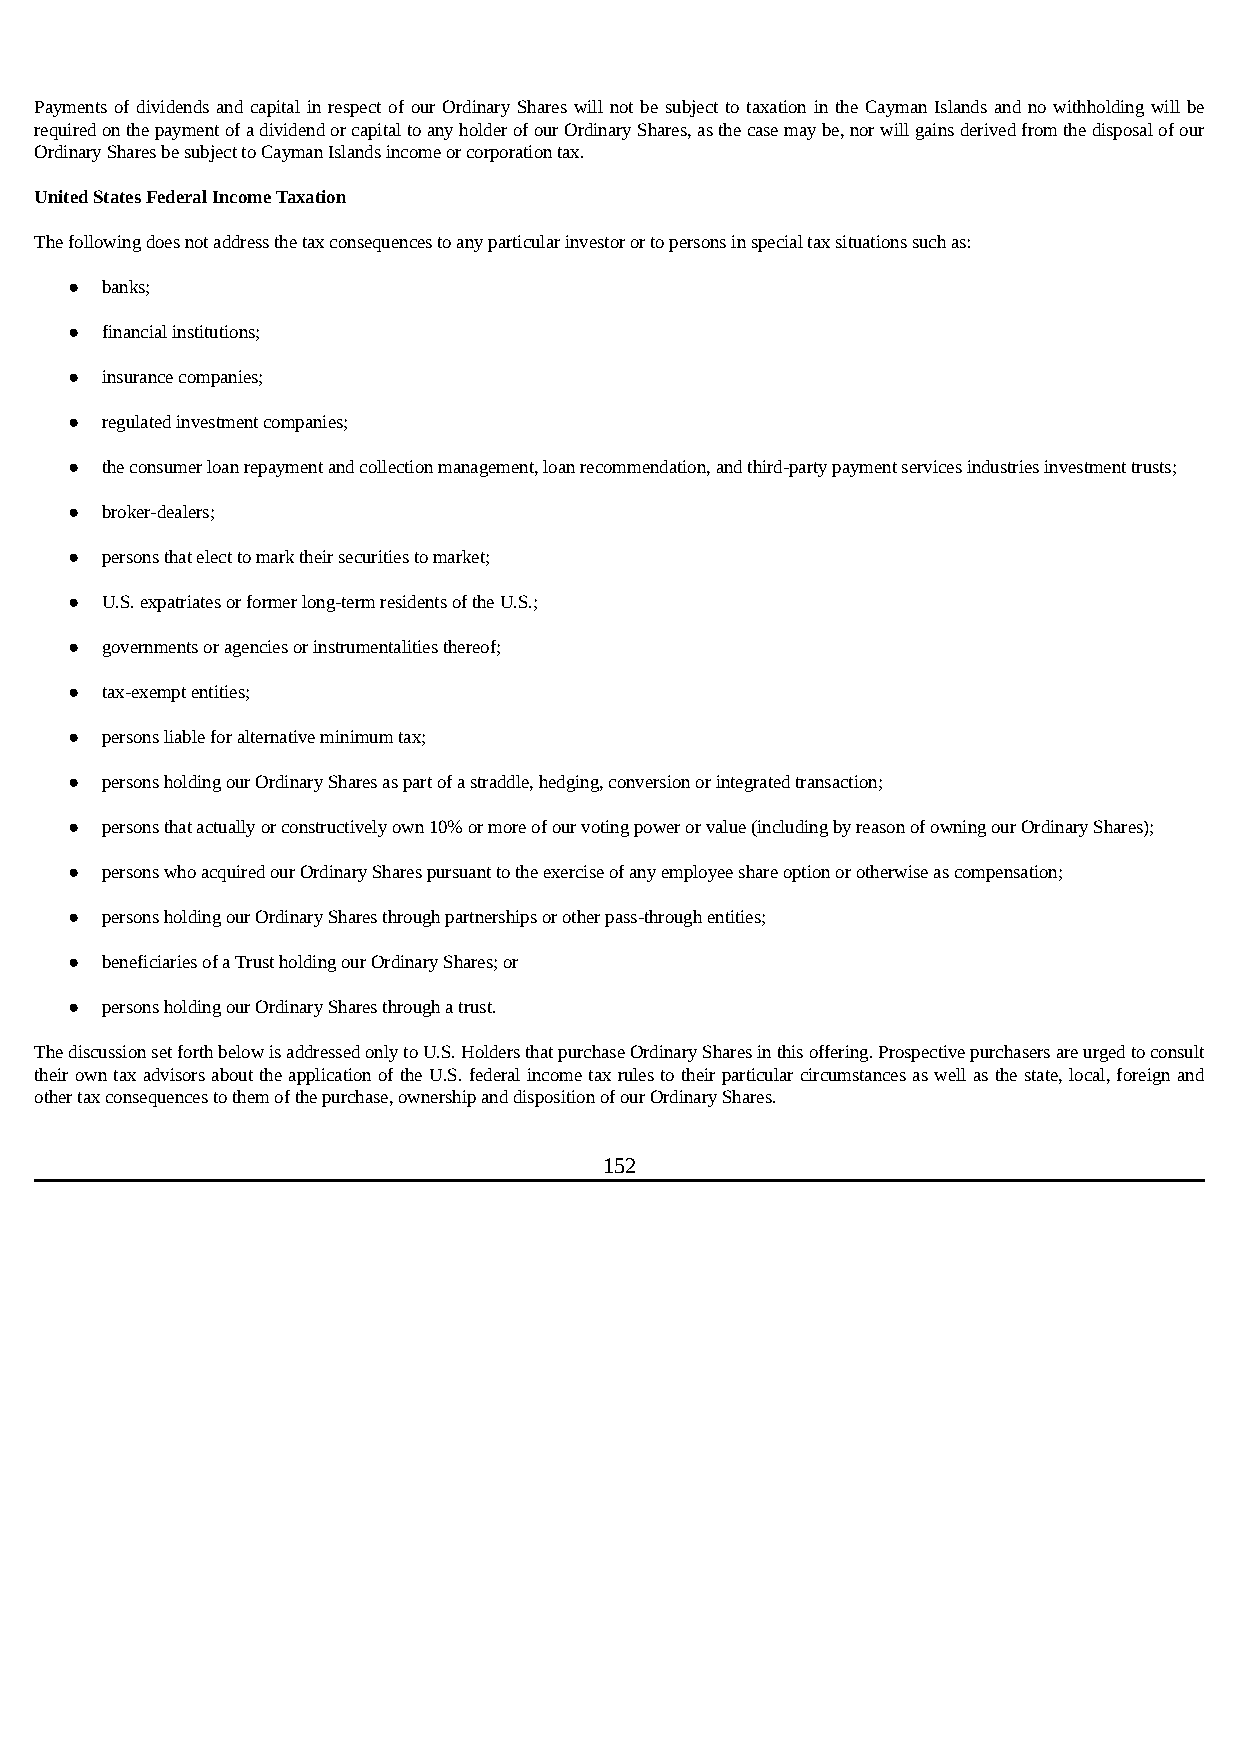
Payments of dividends and capital in respect of our Ordinary Shares will not be subject to taxation in the Cayman Islands and no withholding will be
 required on the payment of a dividend or capital to any holder of our Ordinary Shares, as the case may be, nor will gains derived from the disposal of our
 Ordinary Shares be subject to Cayman Islands income or corporation tax.
 United States Federal Income Taxation
 The following does not address the tax consequences to any particular investor or to persons in special tax situations such as:
 ●  banks;
 ●  financial institutions;
 ●  insurance companies;
 ●  regulated investment companies;
 ●  the consumer loan repayment and collection management, loan recommendation, and third-party payment services industries investment trusts;
 ●  broker-dealers;
 ●  persons that elect to mark their securities to market;
 ●  U.S. expatriates or former long-term residents of the U.S.;
 ●  governments or agencies or instrumentalities thereof;
 ●  tax-exempt entities;
 ●  persons liable for alternative minimum tax;
 ●  persons holding our Ordinary Shares as part of a straddle, hedging, conversion or integrated transaction;
 ●  persons that actually or constructively own 10% or more of our voting power or value (including by reason of owning our Ordinary Shares);
 ●  persons who acquired our Ordinary Shares pursuant to the exercise of any employee share option or otherwise as compensation;
 ●  persons holding our Ordinary Shares through partnerships or other pass-through entities;
 ●  beneficiaries of a Trust holding our Ordinary Shares; or
 ●  persons holding our Ordinary Shares through a trust.
 The discussion set forth below is addressed only to U.S. Holders that purchase Ordinary Shares in this offering. Prospective purchasers are urged to consult
 their own tax advisors about the application of the U.S. federal income tax rules to their particular circumstances as well as the state, local, foreign and
 other tax consequences to them of the purchase, ownership and disposition of our Ordinary Shares.
 152